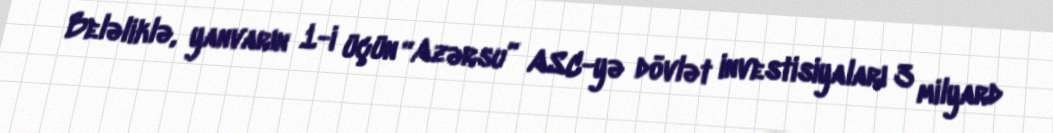
Beləliklə, yanvarın 1-i üçün “Azərsu” ASC-yə dövlət investisiyaları 3 milyard